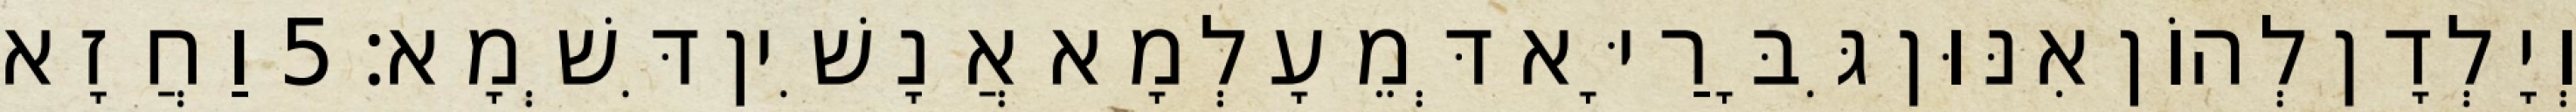
וְיָלְדָן לְהוֹן אִנּוּן גִּבָּרַיָּא דְּמֵעָלְמָא אֲנָשִׁין דִּשְׁמָא׃ 5 וַחֲזָא